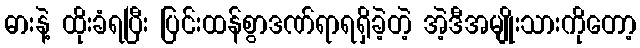
ဓားနဲ့ ထိုးခံရပြီး ပြင်းထန်စွာဒဏ်ရာရရှိခဲ့တဲ့ အဲ့ဒီအမျိုးသားကိုတော့